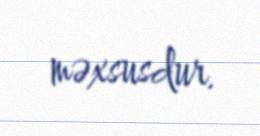
məxsusdur.